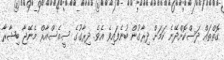
ގޮތްތައް ދަސްކޮށްދޭނެ ކަމަށް ދިރާގުން ބުނެފައިވެ އެވެ. ދިރާގުގެ ސީއެސްއާރް މެނޭޖާ ބިޝާރާ